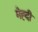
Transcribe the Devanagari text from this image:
मेह्दी